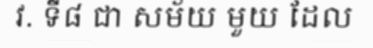
វ. ទី៨ ជា សម័យ មួយ ដែល